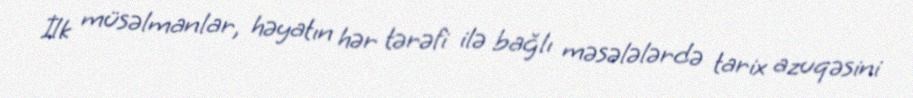
İlk müsəlmanlar, həyatın hər tərəfi ilə bağlı məsələlərdə tarix azuqəsini